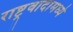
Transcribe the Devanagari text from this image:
राष्ट्रवादामध्ये